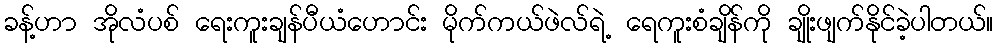
ခန့်ဟာ အိုလံပစ် ရေးကူးချန်ပီယံဟောင်း မိုက်ကယ်ဖဲလ်ရဲ့ ရေကူးစံချိန်ကို ချိုးဖျက်နိုင်ခဲ့ပါတယ်။